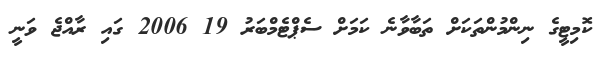
ކޮމިޓީގެ ނިންމުންތަކަށް ތަބާވާނެ ކަމަށް ސެޕްޓެމްބަރު 19 2006 ގައި ރާއްޖެ ވަނީ